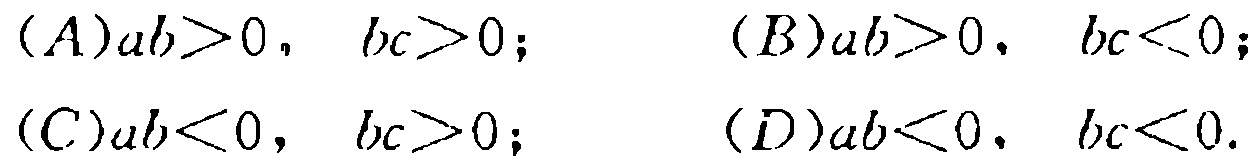
\((A)ab>0,\ bc>0;\) \((B)ab>0,\ bc<0;\)
\((C)ab<0,\ bc>0;\) \((D)ab<0,\ bc<0.\)